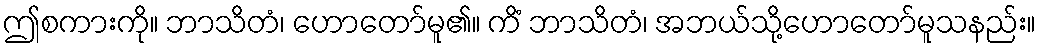
ဤစကားကို။ ဘာသိတံ၊ ဟောတော်မူ၏။ ကိံ ဘာသိတံ၊ အဘယ်သို့ဟောတော်မူသနည်း။